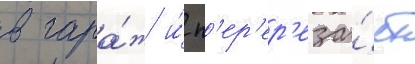
в гара́ж и́ п'ер'ер'еза́ет